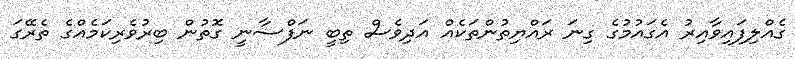
ގެއްލިފައިވާއިރު އެގައުމުގެ ގިނަ ރައްޔިތުންތަކެއް އަދިވެސް ތިބީ ނަފްސާނީ ގޮތުން ބިރުވެރިކަމެއްގެ ތެރޭގަ